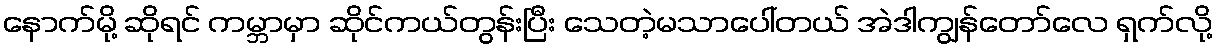
နောက်မို့ ဆိုရင် ကမ္ဘာမှာ ဆိုင်ကယ်တွန်းပြီး သေတဲ့မသာပေါ်တယ် အဲဒါကျွန်တော်လေ ရှက်လို့